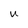
Character: U